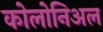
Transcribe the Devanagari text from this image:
कोलोनिअल